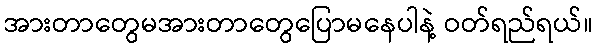
အားတာတွေမအားတာတွေပြောမနေပါနဲ့ ဝတ်ရည်ရယ်။